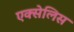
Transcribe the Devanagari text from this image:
एक्सेलिस